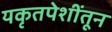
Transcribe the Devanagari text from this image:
यकृतपेशींतून